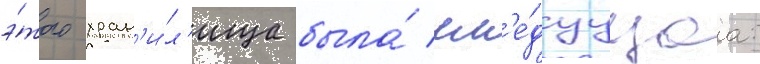
э́того хран'и́л'ища была́ сл'е́дуущаа: